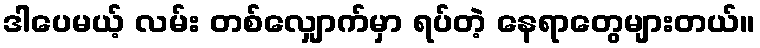
ဒါပေမယ့် လမ်း တစ်လျှောက်မှာ ရပ်တဲ့ နေရာတွေများတယ်။